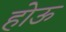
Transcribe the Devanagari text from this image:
होऊ